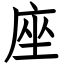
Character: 座